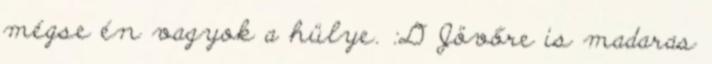
mégse én vagyok a hülye. :D Jövőre is madaras